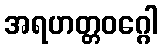
အရဟတ္တဝဂ္ဂေါ